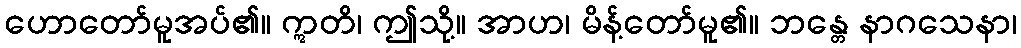
ဟောတော်မူအပ်၏။ ဣတိ၊ ဤသို့။ အာဟ၊ မိန့်တော်မူ၏။ ဘန္တေ နာဂသေနာ၊